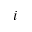
i